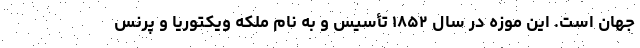
جهان است. این موزه در سال ۱۸۵۲ تأسیس و به نام ملکه ویکتوریا و پرنس